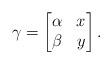
LaTeX: \begin{align*}\gamma=\begin{bmatrix} \alpha & x\\ \beta&y\end{bmatrix}.\end{align*}